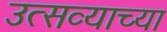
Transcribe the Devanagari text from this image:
उत्सव्याच्या